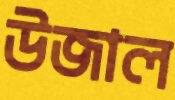
উজাল